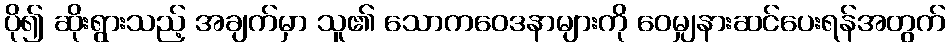
ပို၍ ဆိုးရွားသည့် အချက်မှာ သူ၏ သောကဝေဒနာများကို ဝေမျှနားဆင်ပေးရန်အတွက်